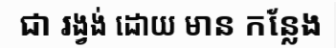
ជា រង្វង់ ដោយ មាន កន្លែង